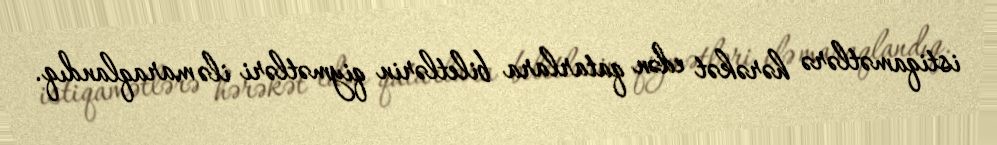
istiqamətlərə hərəkət edən qatarlara biletlərin qiymətləri ilə maraqlandıq.